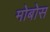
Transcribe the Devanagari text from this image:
मोबोस